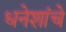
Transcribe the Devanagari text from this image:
धनेशांचे